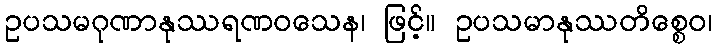
ဥပသမဂုဏာနုဿရဏဝသေန၊ ဖြင့်။ ဥပသမာနုဿတိစ္စေဝ၊